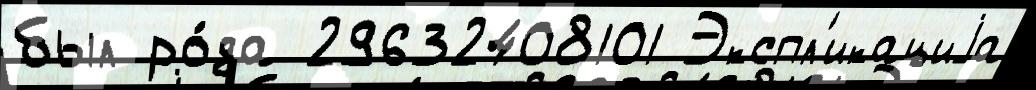
был ро́да 29632408101 Экспл'икациjа